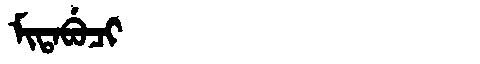
Manchu: ᠮᡳᡨᠠᠪᡠᠴᡳ
Romanization: MITABUCI